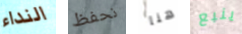
النداء نحفظ هنا ينبع